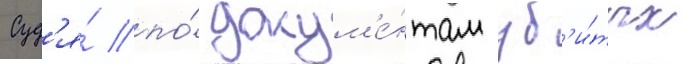
Суд'я́ по́ докум'е́нтам уб'и́тых